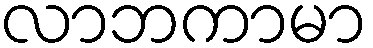
လာဘကာမာ